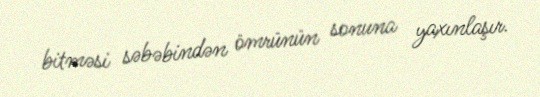
bitməsi səbəbindən ömrünün sonuna yaxınlaşır.